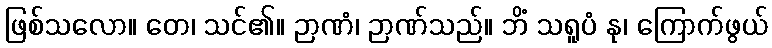
ဖြစ်သလော။ တေ၊ သင်၏။ ဉာဏံ၊ ဉာဏ်သည်။ ဘိံ သရူပံ နု၊ ကြောက်ဖွယ်